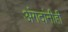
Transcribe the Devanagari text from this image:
अंगदांनीही